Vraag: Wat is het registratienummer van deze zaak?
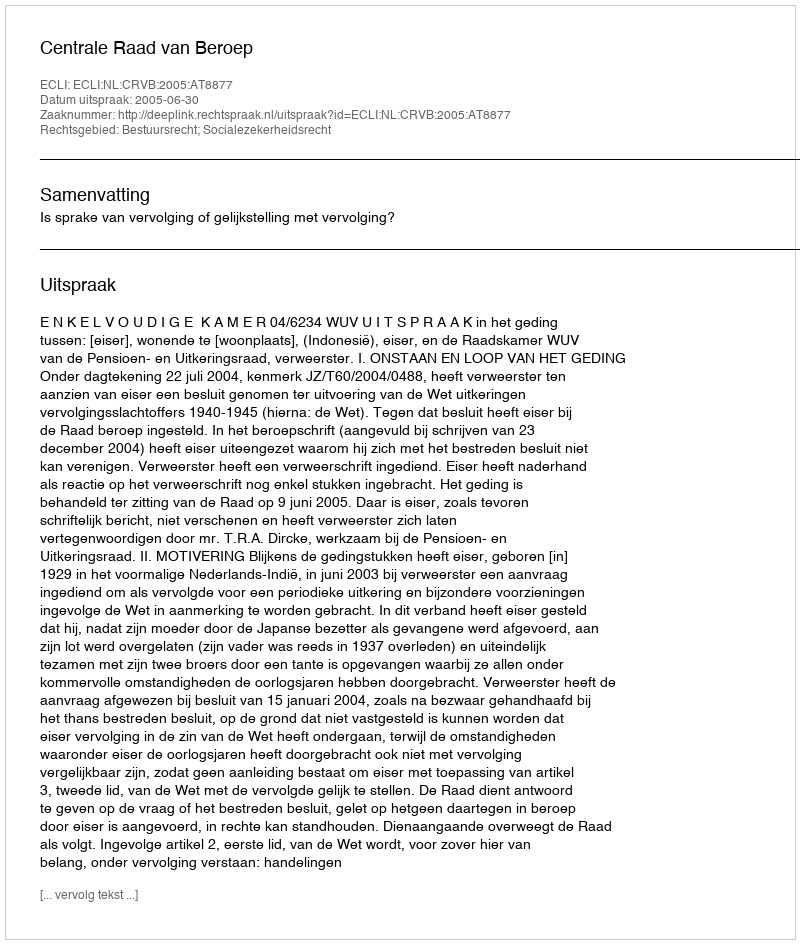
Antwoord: http://deeplink.rechtspraak.nl/uitspraak?id=ECLI:NL:CRVB:2005:AT8877